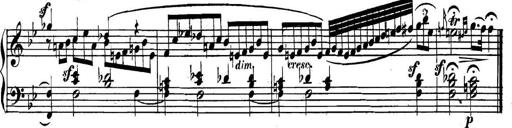
Title: Collected Piano Sonatas
Composer: Muzio Clementi